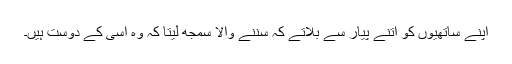
اپنے ساتھیوں کو اتنے پیار سے بلاتے کہ سننے والا سمجھ لیتا کہ وہ اسی کے دوست ہیں۔